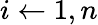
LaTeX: i\gets 1,n